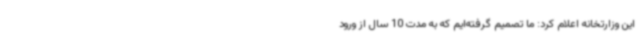
این وزارتخانه اعلام کرد: ما تصمیم گرفته‌ایم که به مدت 10 سال از ورود